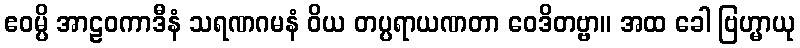
ဧဝမ္ပိ အာဠဝကာဒီနံ သရဏဂမနံ ဝိယ တပ္ပရာယဏတာ ဝေဒိတဗ္ဗာ။ အထ ခေါ ဗြဟ္မာယု